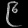
Digit: ၉